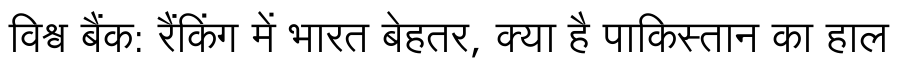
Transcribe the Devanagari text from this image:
विश्व बैंक: रैंकिंग में भारत बेहतर, क्या है पाकिस्तान का हाल